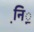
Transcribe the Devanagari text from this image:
नि़़॒